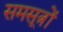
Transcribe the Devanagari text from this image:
समसूत्रों